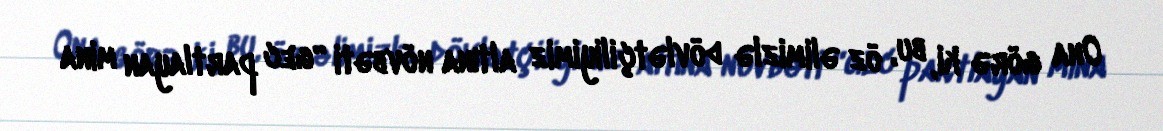
Ona görə ki, bu, öz əlimizlə dövlətçiliyimiz altına növbəti “gec partlayan mina